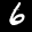
Label: 6